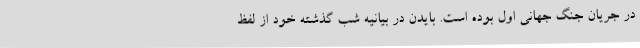
در جریان جنگ جهانی اول بوده است. بایدن در بیانیه شب گذشته خود از لفظ